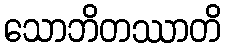
သောဘိတဿာတိ